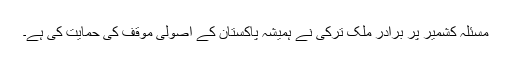
مسئلہ کشمیر پر برادر ملک ترکی نے ہمیشہ پاکستان کے اصولی موقف کی حمایت کی ہے۔